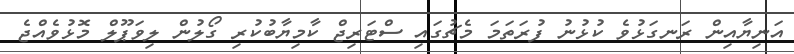
އަނިޔާއިން ރަނގަޅުވެ ކުޅުނު ފުރަތަމަ މެޗުގައި ސްޓަރިޖް ކާމިޔާބުކުރި ގޯލުން ލިވަޕޫލް މޮޅުވެއްޖެ